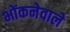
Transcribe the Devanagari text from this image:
भोंकनेवाले